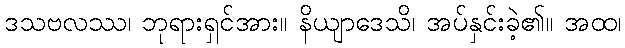
ဒသဗလဿ၊ ဘုရားရှင်အား။ နိယျာဒေသိ၊ အပ်နှင်းခဲ့၏။ အထ၊